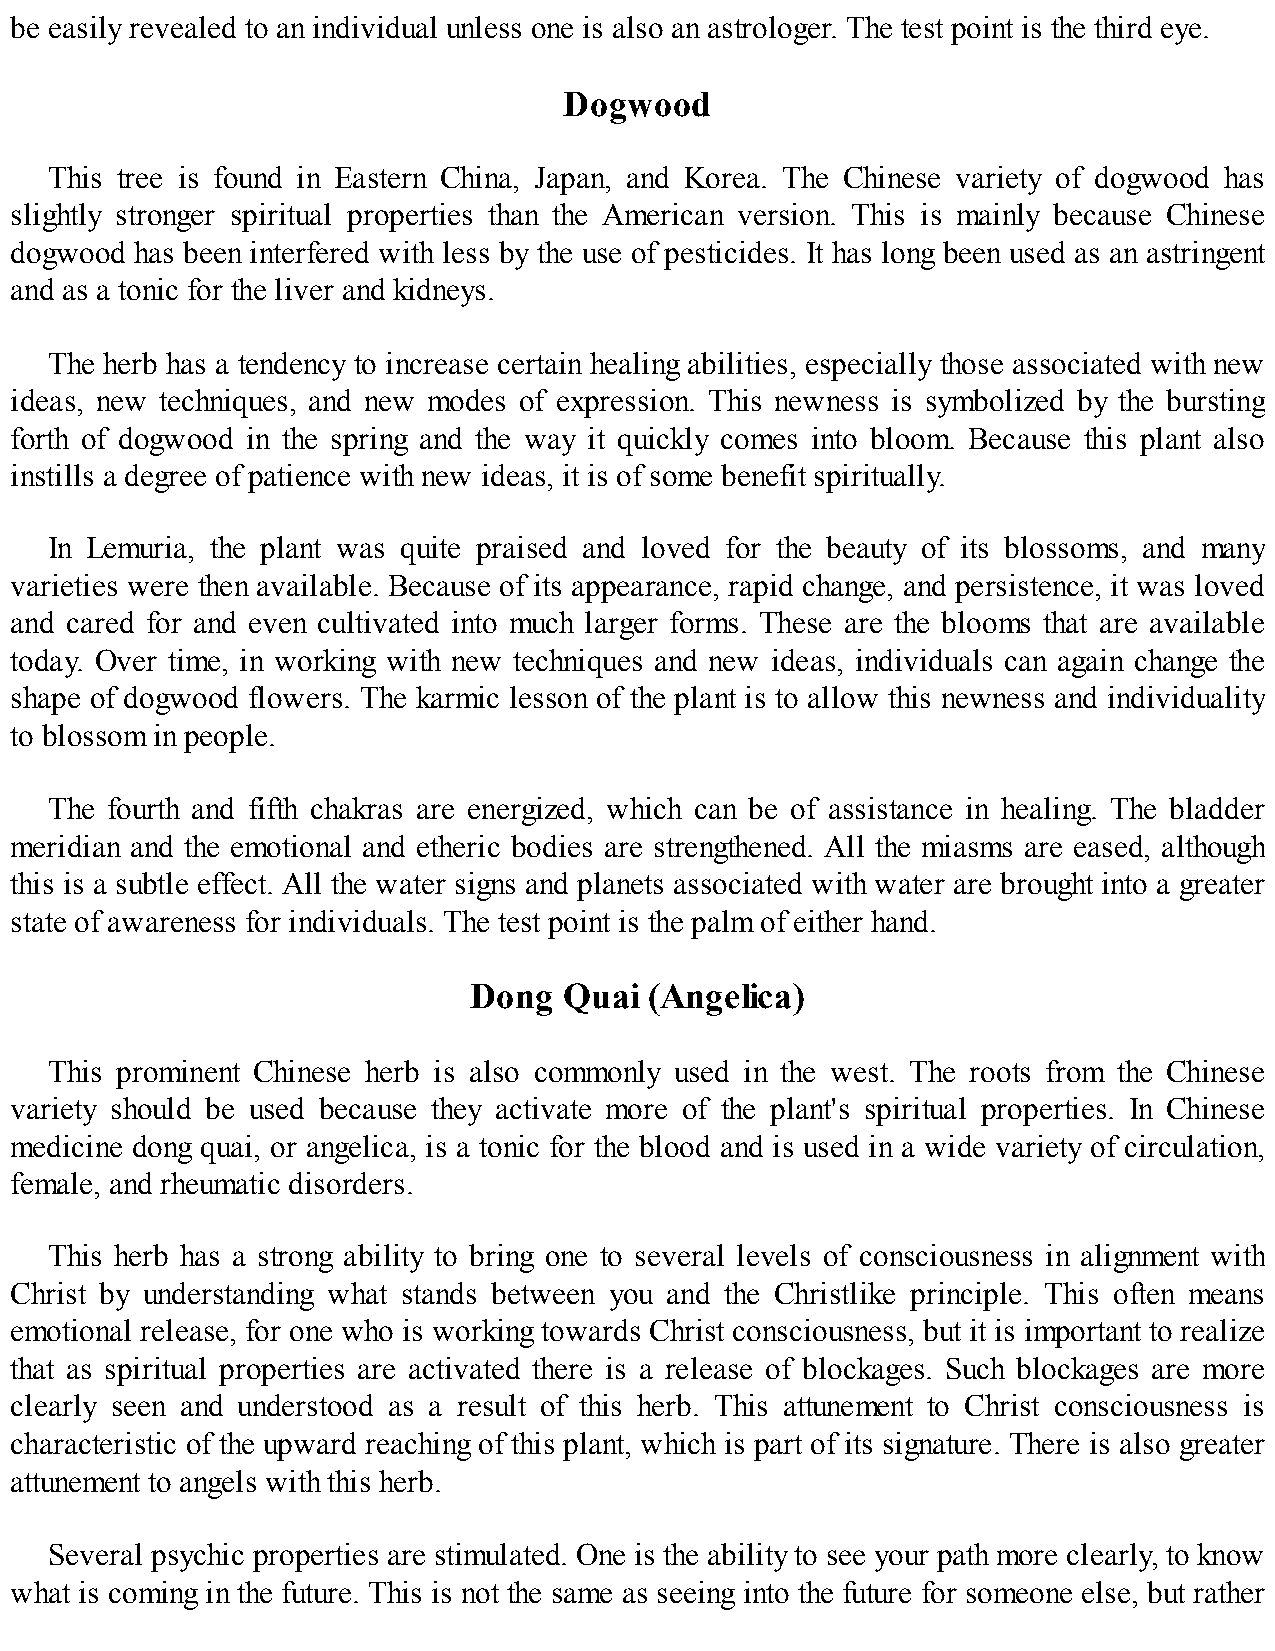
be easily revealed to an individual unless one is also an astrologer. The test point is the third eye.
 Dogwood
 This tree is found in Eastern China, Japan, and Korea. The Chinese variety of dogwood has
 slightly stronger spiritual properties than the American version. This is mainly because Chinese
 dogwood has been interfered with less by the use of pesticides. It has long been used as an astringent
 and as a tonic for the liver and kidneys.
 The herb has a tendency to increase certain healing abilities, especially those associated with new
 ideas, new techniques, and new modes of expression. This newness is symbolized by the bursting
 forth of dogwood in the spring and the way it quickly comes into bloom. Because this plant also
 instills a degree of patience with new ideas, it is of some benefit spiritually.
 In Lemuria, the plant was quite praised and loved for the beauty of its blossoms, and many
 varieties were then available. Because of its appearance, rapid change, and persistence, it was loved
 and cared for and even cultivated into much larger forms. These are the blooms that are available
 today. Over time, in working with new techniques and new ideas, individuals can again change the
 shape of dogwood flowers. The karmic lesson of the plant is to allow this newness and individuality
 to blossom in people.
 The fourth and fifth chakras are energized, which can be of assistance in healing. The bladder
 meridian and the emotional and etheric bodies are strengthened. All the miasms are eased, although
 this is a subtle effect. All the water signs and planets associated with water are brought into a greater
 state of awareness for individuals. The test point is the palm of either hand.
 Dong  Quai  (Angelica)
 This prominent Chinese herb is also commonly used in the west. The roots from the Chinese
 variety should be used because they activate more of the plant's spiritual properties. In Chinese
 medicine dong quai, or angelica, is a tonic for the blood and is used in a wide variety of circulation,
 female, and rheumatic disorders.
 This herb has a strong ability to bring one to several levels of consciousness in alignment with
 Christ by understanding what stands between you and the Christlike principle. This often means
 emotional release, for one who is working towards Christ consciousness, but it is important to realize
 that as spiritual properties are activated there is a release of blockages. Such blockages are more
 clearly seen and understood as a result of this herb. This attunement to Christ consciousness is
 characteristic of the upward reaching of this plant, which is part of its signature. There is also greater
 attunement to angels with this herb.
 Several psychic properties are stimulated. One is the ability to see your path more clearly, to know
 what is coming in the future. This is not the same as seeing into the future for someone else, but rather